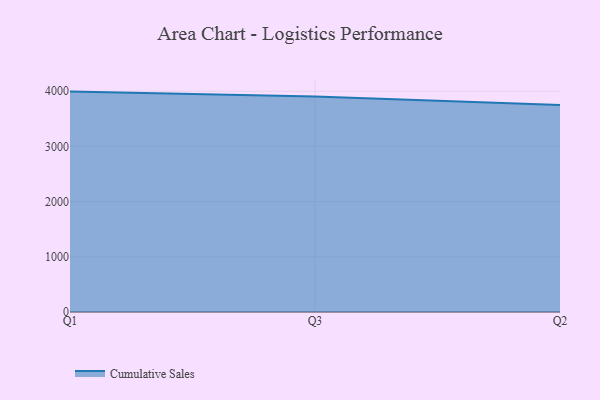
{"axis": {"x": "Quarter", "y": "Budget (USD K)"}, "legend": ["Cumulative Sales"], "data": [{"x": "Q1", "y": 3993.5, "type": "Cumulative Sales"}, {"x": "Q3", "y": 3906.8, "type": "Cumulative Sales"}, {"x": "Q2", "y": 3752.0, "type": "Cumulative Sales"}]}